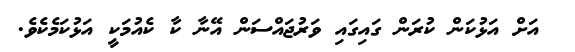
އަށް އަޅުކަން ކުރަން ގައިގައި ވަރުޖައްސަން އޭނާ ކާ ކެއުމަކީ އަޅުކަމެކެވެ.